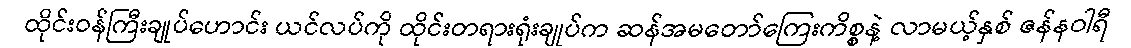
ထိုင်းဝန်ကြီးချုပ်ဟောင်း ယင်လပ်ကို ထိုင်းတရားရုံးချုပ်က ဆန်အမတော်ကြေးကိစ္စနဲ့ လာမယ့်နှစ် ဇန်နဝါရီ